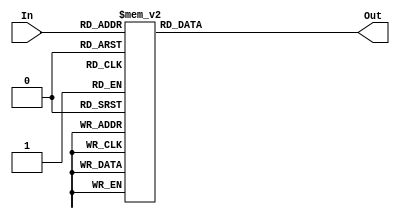
module KeyPadDecoder(
input [3:0] In, 
output reg [3:0] Out
);
   
// This module accepts as input a four bit value that describes
// the row col vector and decodes into the value at that location
// for a 4 by 4 matrix keypad with layout ...   
// 1 2 3 A
// 4 5 6 B
// 7 8 9 C
// * 0 # D				
   
always @(In) begin
	case (In)
		4'b0000: Out = 4'h1;
		4'b0001: Out = 4'h2;
		4'b0010: Out = 4'h3;
		4'b0011: Out = 4'hA;
		4'b0100: Out = 4'h4;
		4'b0101: Out = 4'h5;
		4'b0110: Out = 4'h6;
		4'b0111: Out = 4'hB;
		4'b1000: Out = 4'h7;
		4'b1001: Out = 4'h8;
		4'b1010: Out = 4'h9;
		4'b1011: Out = 4'hC;
		4'b1100: Out = 4'hF;
		4'b1101: Out = 4'h0;
		4'b1110: Out = 4'hE;
		4'b1111: Out = 4'hD;
     default: Out = 4'h1;
	endcase
end

endmodule